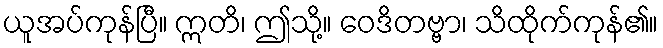
ယူအပ်ကုန်ပြီ။ ဣတိ၊ ဤသို့။ ဝေဒိတဗ္ဗာ၊ သိထိုက်ကုန်၏။